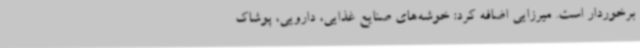
برخوردار است. میرزایی اضافه کرد: خوشه‌های صنایع غذایی، دارویی، پوشاک